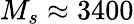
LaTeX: M_{s}\approx 3400